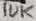
Text: 10K